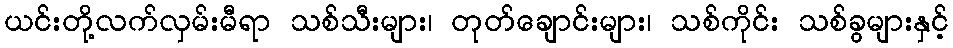
ယင်းတို့လက်လှမ်းမီရာ သစ်သီးများ၊ တုတ်ချောင်းများ၊ သစ်ကိုင်း သစ်ခွများနှင့်